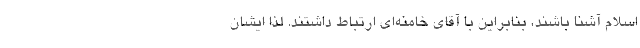
اسلام آشنا باشند، بنابراین با آقای خامنه‌ای ارتباط داشتند. لذا ‌ایشان